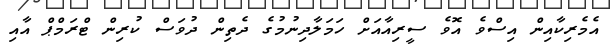
އެމެރިކާއިން އިސްވެ އޮވެ ސީރިއާއަށް ހަމަލާދިނުމުގެ ދެތިން ދުވަސް ކުރިން ޓްރަމްޕް އާއި